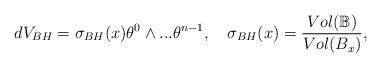
LaTeX: \begin{align*}dV_{BH}=\sigma _{BH}(x)\theta ^{0}\wedge ...\theta ^{n-1},~\ \ \sigma_{BH}(x)=\dfrac{Vol(\mathbb{B})}{Vol(B_{x})}, \end{align*}